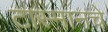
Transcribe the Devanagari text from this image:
टास्मानचे